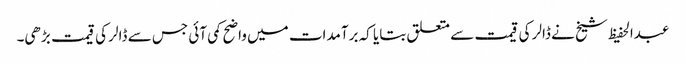
عبدالحفیظ شیخ نے ڈالر کی قیمت سے متعلق بتایا کہ برآمدات میں واضح کمی آئی جس سے ڈالر کی قیمت بڑھی۔